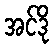
အင်ဒို